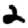
Digit: 2